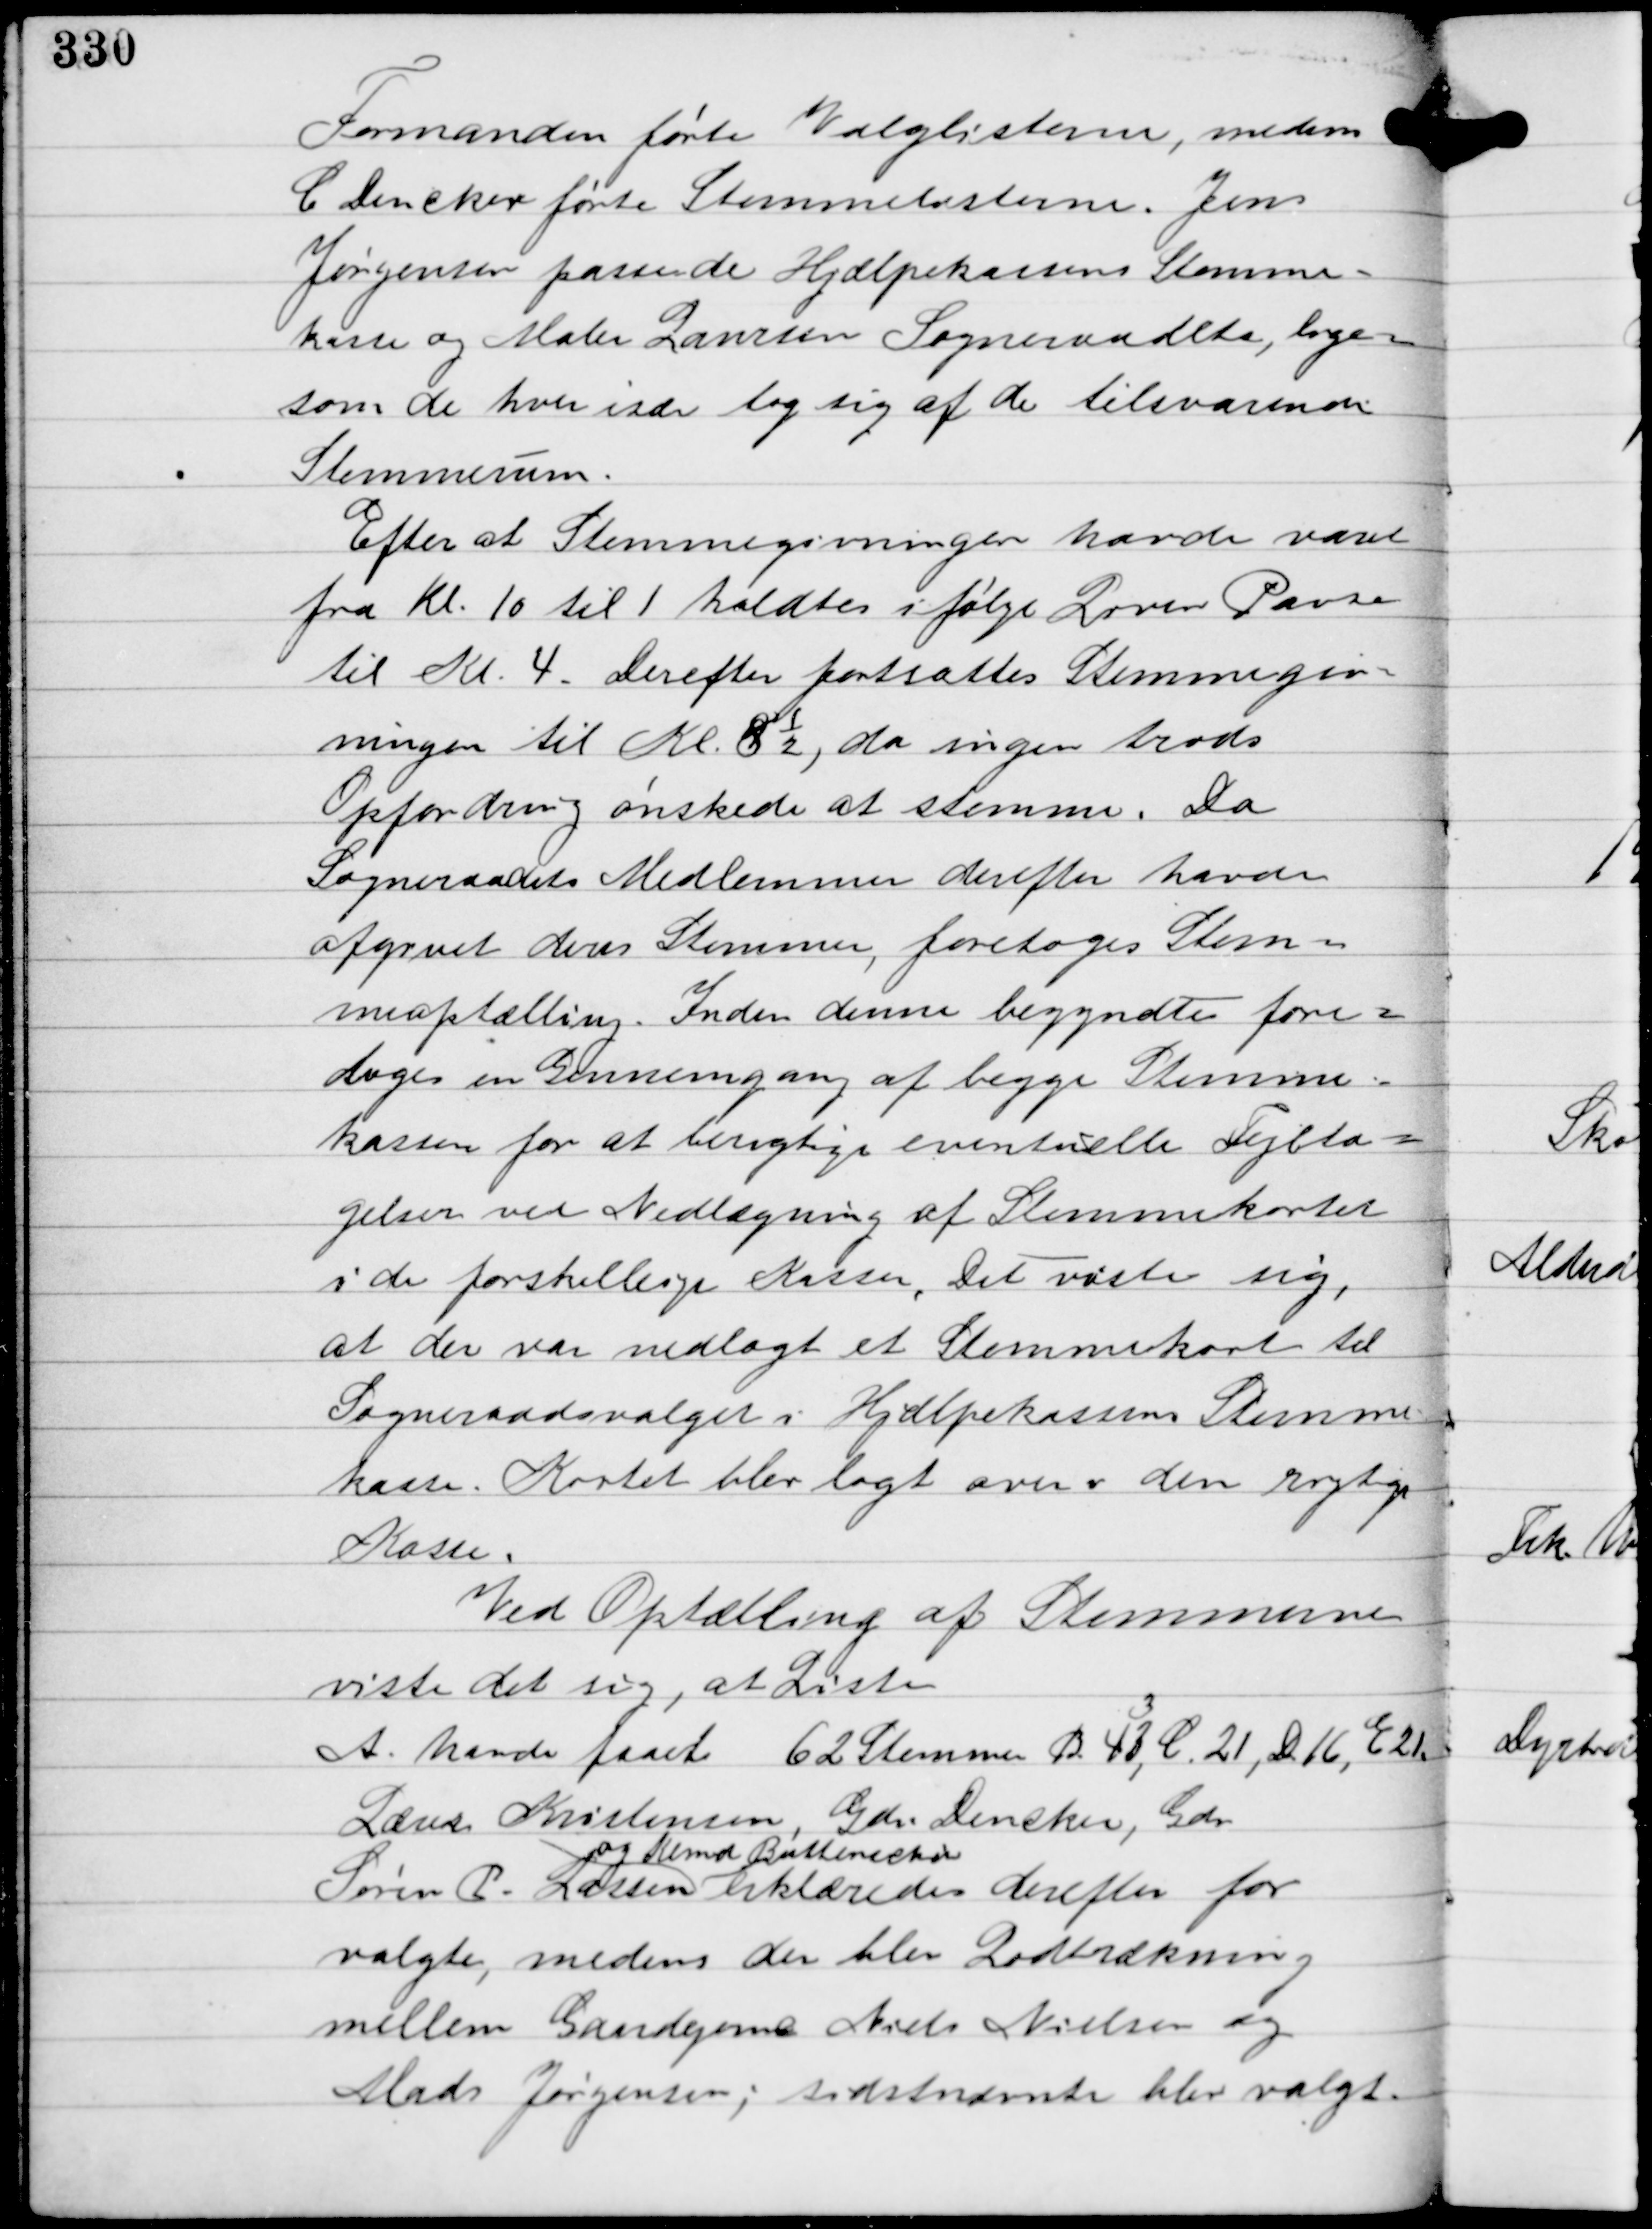
Transskription:
Formanden førte Valglisterne, medens
C Dencker førte Stemmelisterne. Jens
Jørgensen passede Hjælpekassens Stemme-
kasse og Maler Laursen Sogneraadets, lige-
som, de hver især tog sig af de tilsvarende
Stemmerum.
Efter at Stemmegivningen havde varet
fra Kl. 10 til 1 holdtes ifølge Loven Pause
til Kl. 4. Derefter fortsattes Stemmegiv-
ningen til Kl. 8½, da ingen trods
Opfordring ønskede at stemme. Da
Sogneraadets Medlemmer derefter havde
afgivet deres Stemmer, foretoges Stem-
meoptælling. Inden denne begyndte fore-
toges en Gennemgang af begge Stemme-
kasser for at berigtige eventuelle Fejlta-
gelser ved Nedlægning af Stemmekortet
i de forskellige Kasser. Det viste sig,
at der var nedlagt et Stemmekort til
Sogneraadsvalget i Hjælpekassens Stemme-
kasse. Kortet blev lagt over i den rigtige
kasse.
Ved Optælling af Stemmerne
viste det sig, at Liste
A havde faaet 62 Stemmer, B. 48,
3
C. 21, D. 16, E. 21.
Lærer Kristensen, Gdr. Dencker, Gdr.
Søren P. Lassen
og Kbmd. Buttenschøn
erklæredes derefter for
valgte, medens der blev Lodtrækning
mellem Gaardejerne Niels Nielsen og
Mads Jørgensen; sidstnævnte blev valgt.